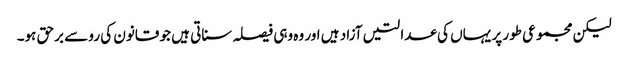
لیکن مجموعی طور پر یہاں کی عدالتیں آزاد ہیں اور وہ وہی فیصلہ سناتی ہیں جو قانون کی رو سے برحق ہو۔